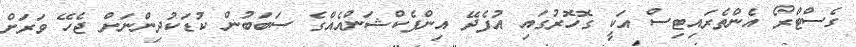
ގެސްޓްރޯ އެންތެރައިޓިސް އަކީ ގޮހޮރުގައި އުފެދޭ އިންފެކްޝަންއެއްގެ ސަބަބުން ކުޑަކުދިންނަށް ޖެހޭ ވަރަށް